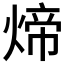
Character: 𬊱